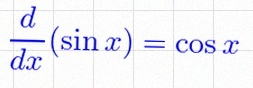
\frac{d}{dx}(\sin x)=\cos x